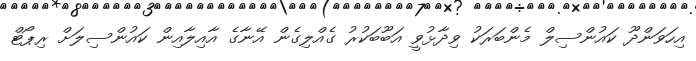
އިހަވަންދޫ ކައުންސިލް މެންބަރަކު ވިދާޅުވީ އަބޫބަކުރު ގެއްލިގެން އޭނާގެ އާއިލާއިން ކައުންސިލަށް ރިޕޯޓް